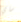
ساي